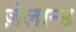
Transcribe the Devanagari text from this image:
ज़ेलान्ड